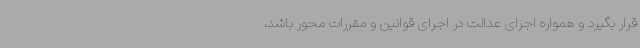
قرار بگیرد و همواره اجرای عدالت در اجرای قوانین و مقررات محور باشد،